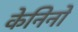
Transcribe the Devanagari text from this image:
केनिनो